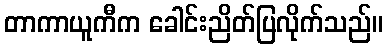
တာကာယူကီက ခေါင်းညိတ်ပြလိုက်သည်။